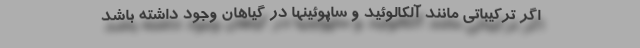
اگر ترکیباتی مانند آلکالوئید و ساپوئینها در گیاهان وجود داشته باشد